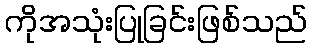
ကိုအသုံးပြုခြင်းဖြစ်သည်